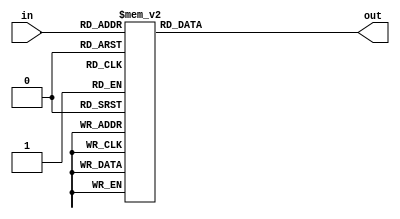
`timescale 1ns / 1ps

module TRANSCODER(
        input       [3:0] in    ,
        output reg  [6:0] out
    );
    //1 active ; 0 inactive
    always @(*)
    begin
        case(in)
            0  :   out = 7'b1111110;
            1  :   out = 7'b0110000;
            2  :   out = 7'b1101101;
            3  :   out = 7'b1111001;
            4  :   out = 7'b0010011;
            5  :   out = 7'b1011011;
            6  :   out = 7'b1011111;
            7  :   out = 7'b1110000;
            8  :   out = 7'b1111111;
            9  :   out = 7'b1111011;
            10 :   out = 7'b1110111;
            11 :   out = 7'b0011111;
            12 :   out = 7'b1001110;
            13 :   out = 7'b0111110;
            14 :   out = 7'b1001111;
            15 :   out = 7'b1000111;
        endcase
    end
endmodule